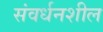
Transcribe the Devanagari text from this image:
संवर्धनशील